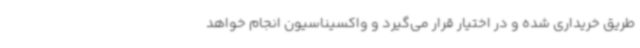
طریق خریداری شده و در اختیار قرار می‌گیرد و واکسیناسیون انجام خواهد